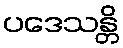
ပဒေသန္တိ